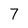
Character: 7